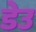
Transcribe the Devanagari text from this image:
डेउ